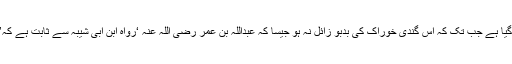
اس حدیث سے جلالہ کی قطعی حرمت ثابت نہیں ہوتی بلکہ اس کے استعمال سے اس وقت تک روکا گیا ہے جب تک کہ اس گندی خوراک کی بدبو زائل نہ ہو جیسا کہ عبداللہ بن عمر رضی اللہ عنہ ‘رواہ ابنِ ابی شیبہ سے ثابت ہے کہ’ عبداللہ بن عمر رضی اللہ عنہ جلالہ مرغی کو تین دن بند رکھتے تھے (پھر استعمال کر لیتے تھے)۔